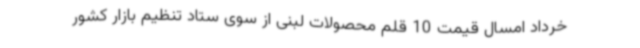
خرداد امسال قیمت 10 قلم محصولات لبنی از سوی ستاد تنظیم بازار کشور